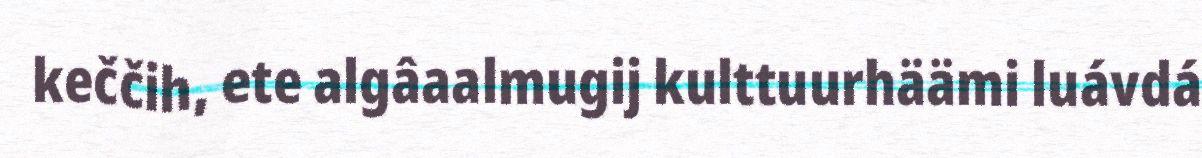
keččih, ete algâaalmugij kulttuurhäämi luávdá